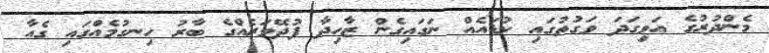
މެންދުރުގެ އަވިގަދަ ވަގުތުގައި ކުޑައެއް ނަގައިގެން ޒާހިދާ ފުދޭވަރެއްގެ ބާރު ހިނގުމެއްގައި ގެއާ